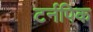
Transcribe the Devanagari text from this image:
टर्नपिक